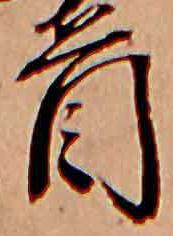
首